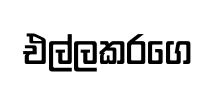
එල්ලකරගෙ